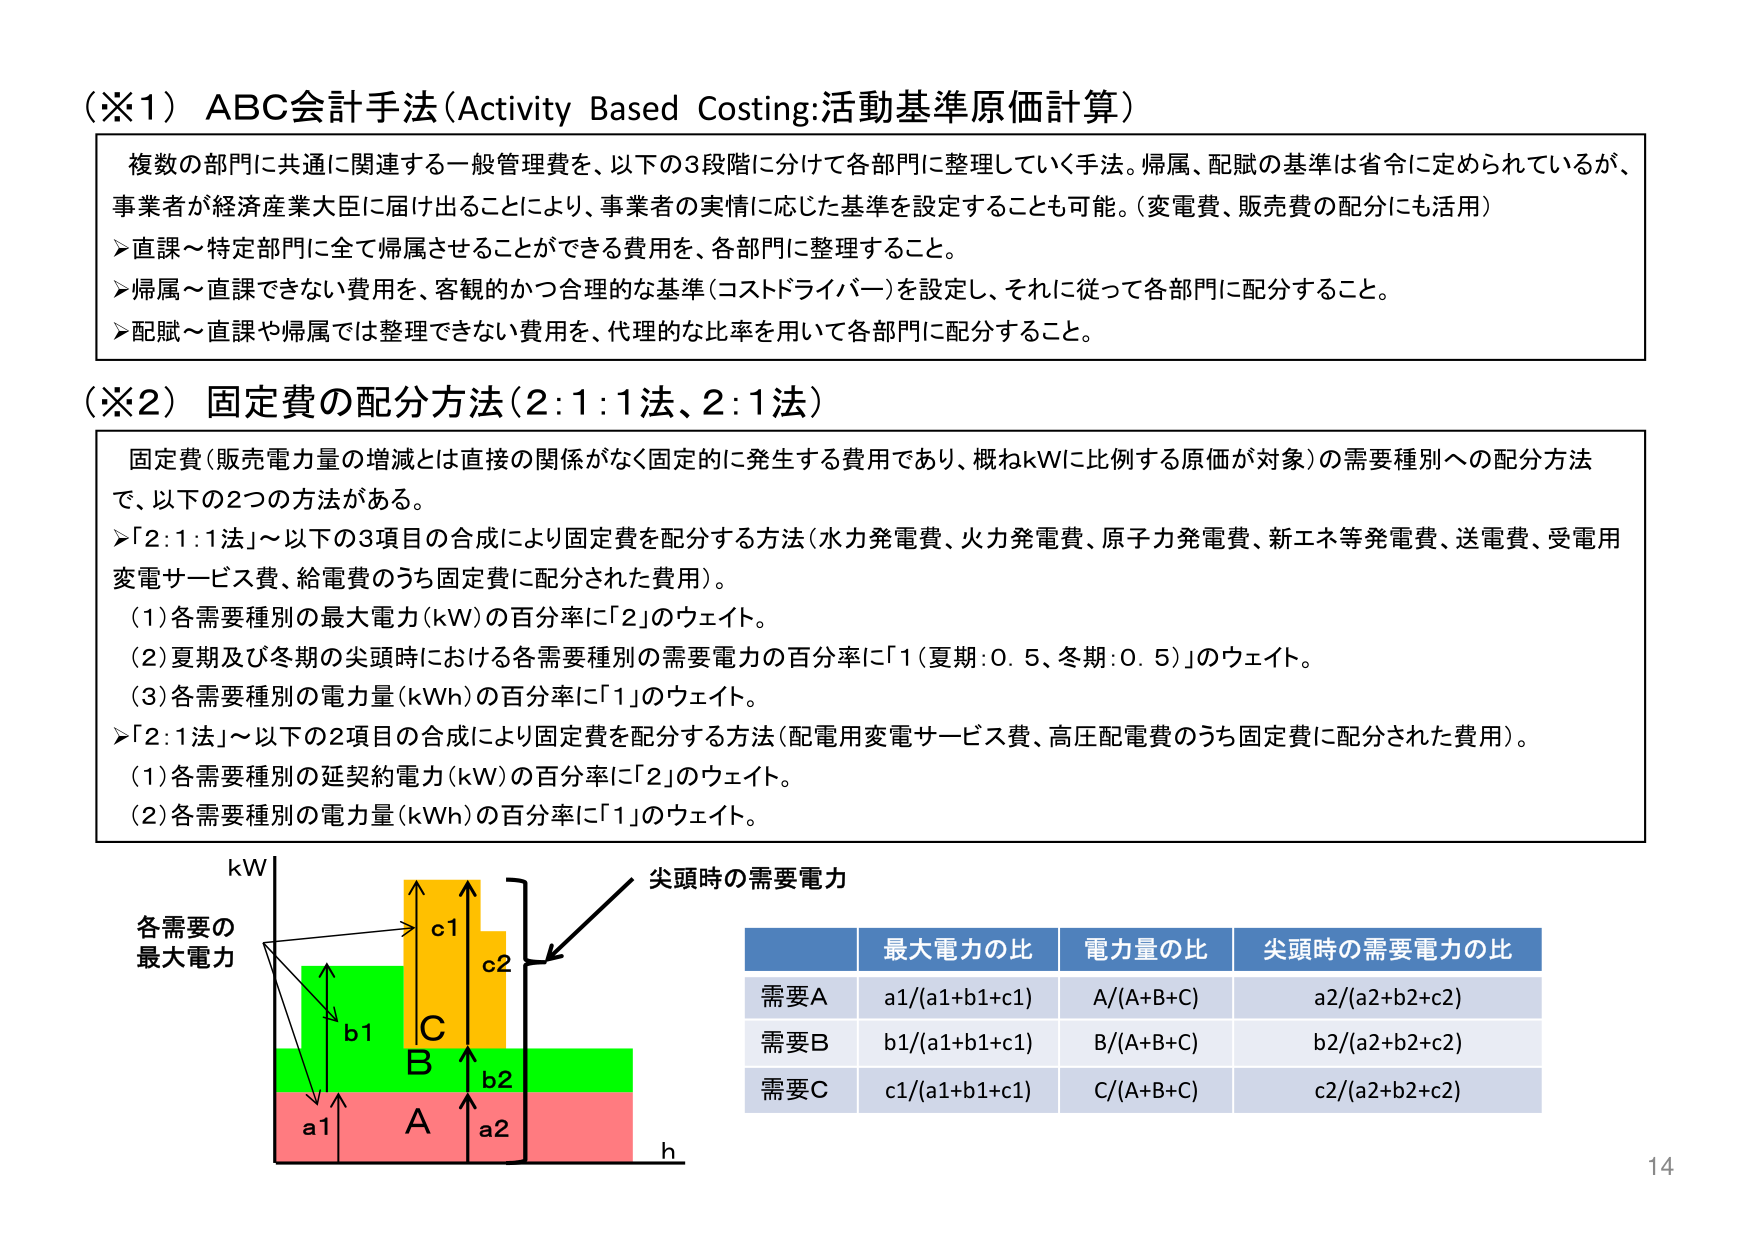
（※1）ABC会計手法（Activity Based Costing:活動基準原価計算）

複数の部門に共通に関連する一般管理費を、以下の3段階に分けて各部門に整理していく手法。帰属、配賦の基準は省令に定められているが、事業者が経済産業大臣に届け出ることにより、事業者の実情に応じた基準を設定することも可能。（変電費、販売費の配分にも活用）

➤直課～特定部門に全て帰属させることができる費用を、各部門に整理すること。

➤帰属～直課できない費用を、客観的かつ合理的な基準（コストドライバー）を設定し、それに従って各部門に配分すること。

➤配賦～直課や帰属では整理できない費用を、代理的な比率を用いて各部門に配分すること。

（※2）固定費の配分方法（2:1:1法、2:1法）

固定費（販売電力量の増減とは直接の関係がなく固定的に発生する費用であり、概ねkWに比例する原価が対象）の需要種別への配分方法で、以下の2つの方法がある。

➤「2:1:1法」～以下の3項目の合成により固定費を配分する方法（水力発電費、火力発電費、原子力発電費、新エネ等発電費、送電費、受電用変電サービス費、給電費のうち固定費に配分された費用）。

（1）各需要種別の最大電力（kW）の百分率に「2」のウェイト。

（2）夏期及び冬期の尖頭時における各需要種別の需要電力の百分率に「1（夏期:0.5、冬期:0.5）」のウェイト。

（3）各需要種別の電力量（kWh）の百分率に「1」のウェイト。

➤「2:1法」～以下の2項目の合成により固定費を配分する方法（配電用変電サービス費、高圧配電費のうち固定費に配分された費用）。

（1）各需要種別の延契約電力（kW）の百分率に「2」のウェイト。

（2）各需要種別の電力量（kWh）の百分率に「1」のウェイト。

kW
各需要の
最大電力
a1
b1
c1
A
B
C
a2
b2
c2
h
尖頭時の需要電力

最大電力の比 電力量の比 尖頭時の需要電力の比
需要A a1/(a1+b1+c1) A/(A+B+C) a2/(a2+b2+c2)
需要B b1/(a1+b1+c1) B/(A+B+C) b2/(a2+b2+c2)
需要C c1/(a1+b1+c1) C/(A+B+C) c2/(a2+b2+c2)

14